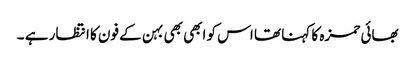
بھائی حمزہ کا کہنا تھا اس کو ابھی بھی بہن کے فون کا انتظار ہے ۔